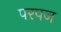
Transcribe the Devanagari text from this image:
परपज